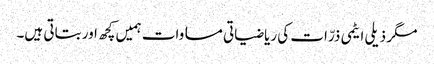
مگر ذیلی ایٹمی ذرّات کی ریاضیاتی مساوات ہمیں کچھ اور بتاتی ہیں۔